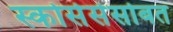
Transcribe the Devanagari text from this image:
स्कोर्सेसेसोबत